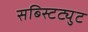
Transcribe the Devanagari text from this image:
सब्स्टिट्युट